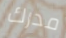
مدرك